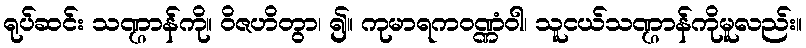
ရုပ်ဆင်း သဏ္ဌာန်ကို။ ဝိဇဟိတွာ၊ ၍။ ကုမာရကဝဏ္ဏံဝါ၊ သူငယ်သဏ္ဌာန်ကိုမူလည်း။